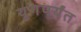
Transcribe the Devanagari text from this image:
युगपर्यंत